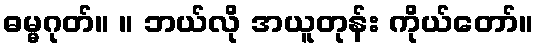
ဓမ္မဂုတ်။ ။ ဘယ်လို အယူတုန်း ကိုယ်တော်။